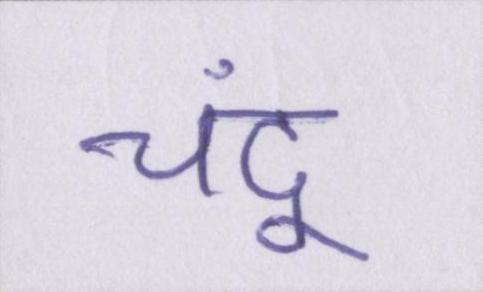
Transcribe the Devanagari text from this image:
चंदू